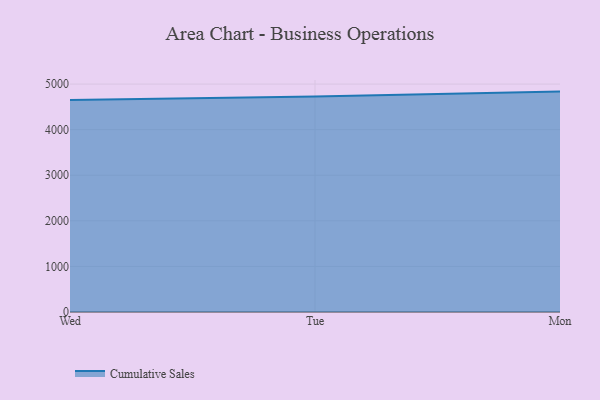
{"axis": {"x": "Day", "y": "Temperature (°C)"}, "legend": ["Cumulative Sales"], "data": [{"x": "Wed", "y": 4650.4, "type": "Cumulative Sales"}, {"x": "Tue", "y": 4728.7, "type": "Cumulative Sales"}, {"x": "Mon", "y": 4835.3, "type": "Cumulative Sales"}]}